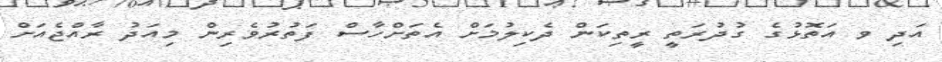
އަދި ވ އަތޮޅުގެ ގުދުރަތީ ރީތިކަން ދެކިލުމަށް އެތަށްހާސް ފަތުުރުވެރިން މިއަދު ރާއްޖެއަށް